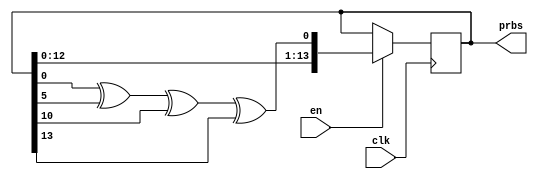
//length=14 bits, generate maximum value 16,383
//primitve polynomial: 1 + X + X^6 + X^11 + X^14
module lfsr_14(clk, en, prbs);
	input clk, en;
	output reg [14:1] prbs;
	//250 is the initial value
	initial prbs=14'b11111010;

	always @(posedge clk) begin
		if(en==1'b1) begin
			prbs<={prbs[13:1], (prbs[1]^prbs[6]^prbs[11]^prbs[14])};
		end
	end
endmodule